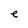
Character: e